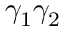
\gamma _ { 1 } \gamma _ { 2 }